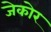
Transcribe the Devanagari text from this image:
जेकोर